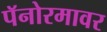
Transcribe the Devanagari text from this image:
पॅनोरमावर